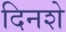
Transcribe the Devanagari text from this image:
दिनशे